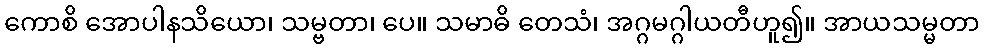
ကောစိ အောပါနသိယော၊ သမ္ဗတာ၊ ပေ။ သမာဓိ တေသံ၊ အဂ္ဂမဂ္ဂါယတီဟူ၍။ အာယသမ္မတာ